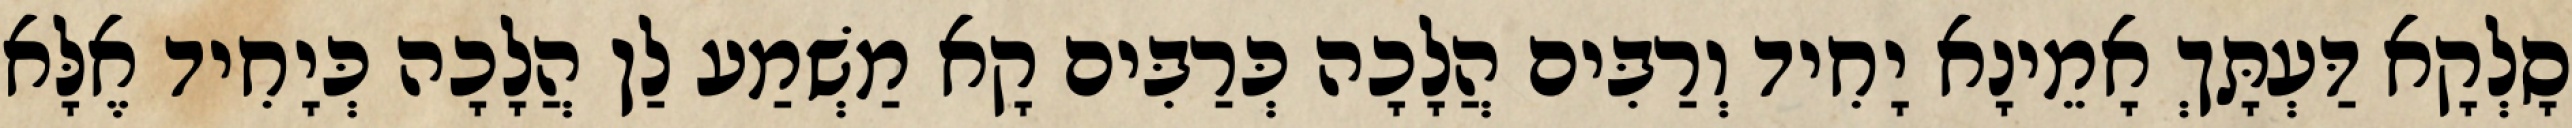
סָלְקָא דַּעְתָּךְ אָמֵינָא יָחִיד וְרַבִּים הֲלָכָה כְּרַבִּים קָא מַשְׁמַע לַן הֲלָכָה כְּיָחִיד אֶלָּא